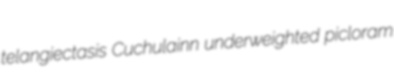
telangiectasis Cuchulainn underweighted picloram